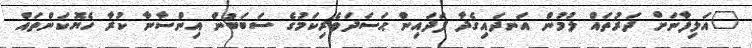
"އަލިފާނަށް ދަރުތައް ލުމުން އަނދައިގެދާ ފަދައިން ޙަސަދަވެރިކަމުގެ ސަބަބުން އިންސާނާ ކުރާ ހެޔޮކަންތައް